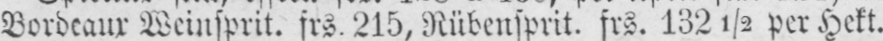
Bordeaux Weinsprit. frs. 215, Rübensprit. frs. 132½ per Hekt.